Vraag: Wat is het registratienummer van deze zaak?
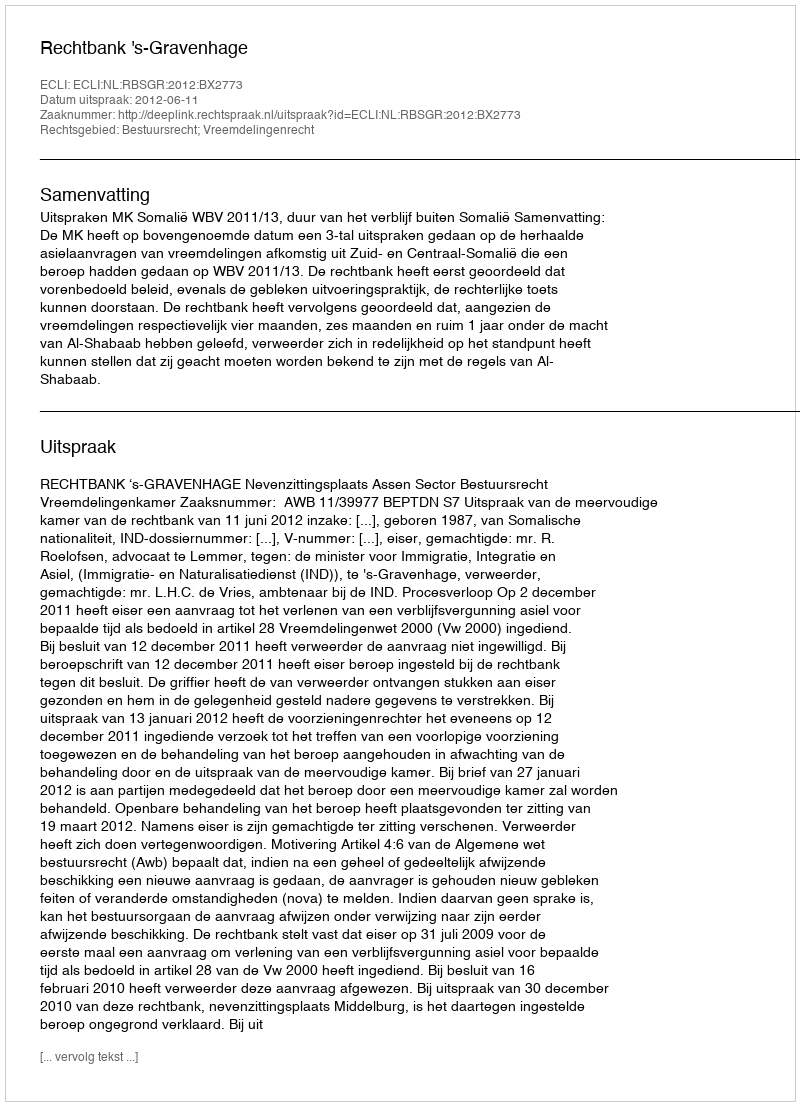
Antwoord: http://deeplink.rechtspraak.nl/uitspraak?id=ECLI:NL:RBSGR:2012:BX2773